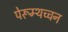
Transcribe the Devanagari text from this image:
पेरूम्थच्चन